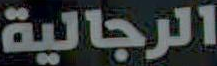
الرجالية